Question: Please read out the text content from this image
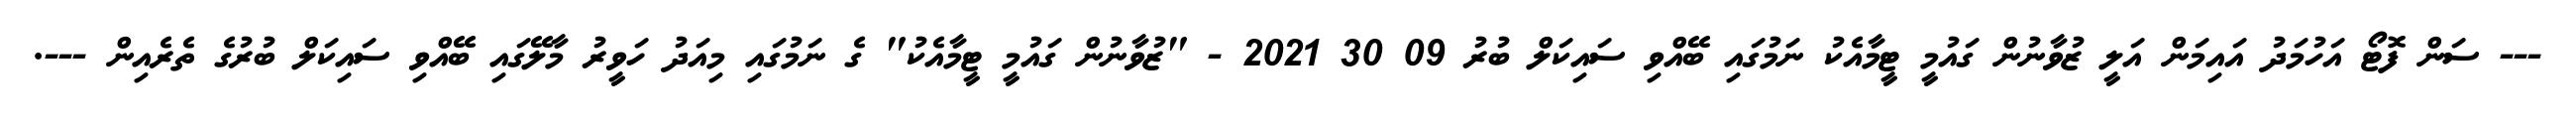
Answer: --- ސަން ފޮޓޯ އަހުމަދު އައިމަން އަލީ ޒުވާނުން ގައުމީ ޓީމާއެކު ނަމުގައި ބޭއްވި ސައިކަލް ބުރު 09 30 2021 - "ޒުވާނުން ގައުމީ ޓީމާއެކު" ގެ ނަމުގައި މިއަދު ހަވީރު މާލޭގައި ބޭއްވި ސައިކަލް ބުރުގެ ތެރެއިން ---.